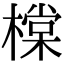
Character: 橖